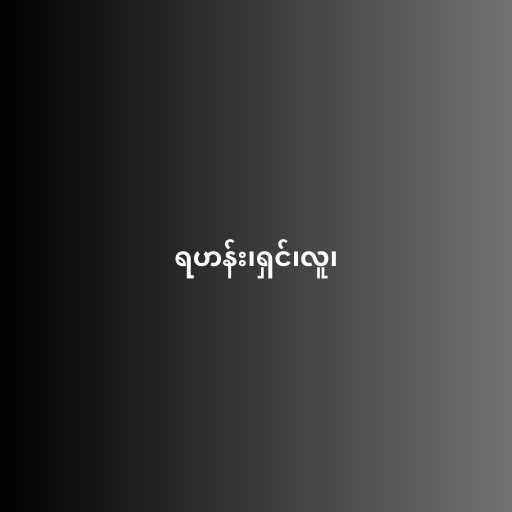
ရဟန်း၊ရှင်၊လူ၊